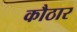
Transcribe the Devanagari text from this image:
कौठार